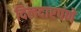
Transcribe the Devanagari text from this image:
दिलदारपणे